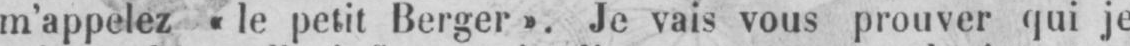
m’appelez «le petit Berger». Je vais vous prouver qui je